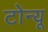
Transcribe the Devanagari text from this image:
टोन्यू